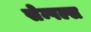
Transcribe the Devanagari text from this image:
सेम्पल्स